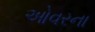
ઓવરના